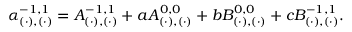
\alpha _ { ( \cdot ) , ( \cdot ) } ^ { - 1 , 1 } = A _ { ( \cdot ) , ( \cdot ) } ^ { - 1 , 1 } + a A _ { ( \cdot ) , ( \cdot ) } ^ { 0 , 0 } + b B _ { ( \cdot ) , ( \cdot ) } ^ { 0 , 0 } + c B _ { ( \cdot ) , ( \cdot ) } ^ { - 1 , 1 } .